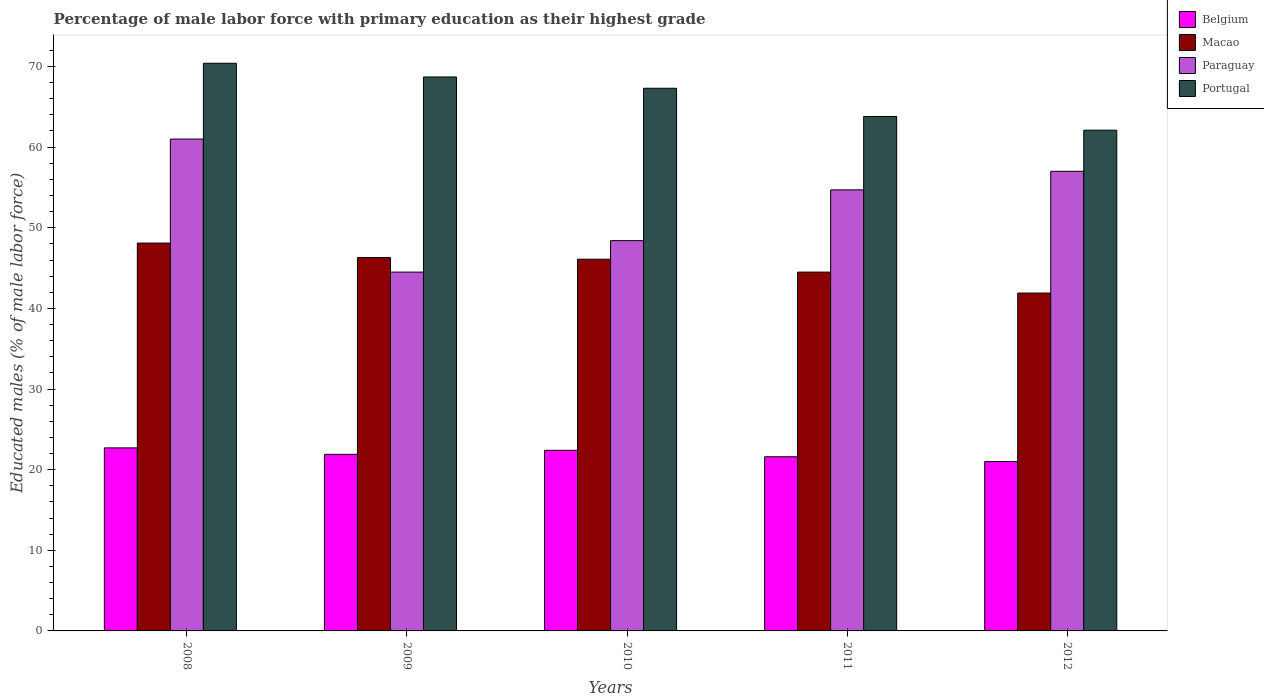
| Years | Belgium | Macao | Paraguay | Portugal |
 | --- | --- | --- | --- | --- |
 | 2008 | 22.7 | 48.1 | 61 | 70.4 |
 | 2009 | 21.9 | 46.3 | 44.5 | 68.7 |
 | 2010 | 22.4 | 46.1 | 48.4 | 67.3 |
 | 2011 | 21.6 | 44.5 | 54.7 | 63.8 |
 | 2012 | 21 | 41.9 | 57 | 62.1 |